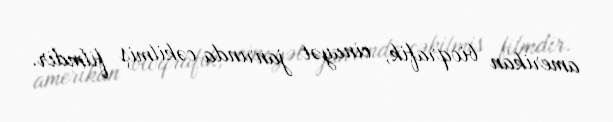
amerikan bioqrafik, cinayət janrında cəkilmiş filmdir.